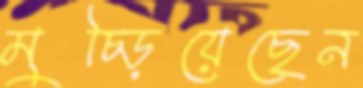
মুচ্‌ড়িয়েছেন